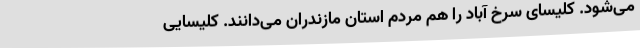
می‌شود. کلیسای سرخ آباد را هم مردم استان مازندران می‌دانند. کلیسایی